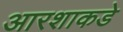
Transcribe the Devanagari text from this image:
आरशाकडे